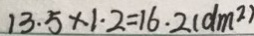
1 3 . 5 \times 1 . 2 = 1 6 . 2 ( d m ^ { 2 } )